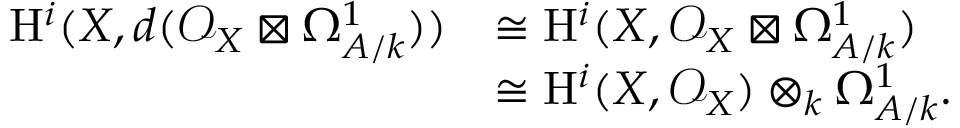
\begin{array} { r l } { \mathrm { H } ^ { i } ( X , d ( \mathcal { O } _ { X } \boxtimes \Omega _ { A / k } ^ { 1 } ) ) } & { \cong \mathrm { H } ^ { i } ( X , \mathcal { O } _ { X } \boxtimes \Omega _ { A / k } ^ { 1 } ) } \\ & { \cong \mathrm { H } ^ { i } ( X , \mathcal { O } _ { X } ) \otimes _ { k } \Omega _ { A / k } ^ { 1 } . } \end{array}